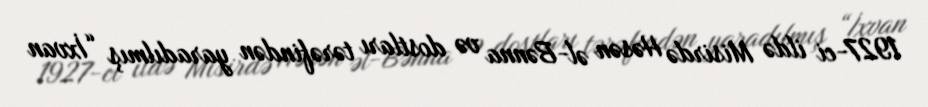
1927-ci ildə Misirdə Həsən əl-Bənna və dostları tərəfindən yaradılmış “İxvan